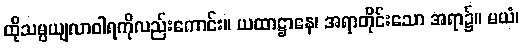
ထိုသမ္ပယျလာဝါရကိုလည်းကောင်း။ ယထာဋ္ဌာနေ၊ အရာတိုင်းသော အရာ၌။ မယံ၊